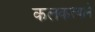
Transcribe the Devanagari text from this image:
कलकत्त्याने